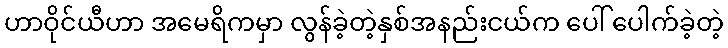
ဟာဝိုင်ယီဟာ အမေရိကမှာ လွန်ခဲ့တဲ့နှစ်အနည်းငယ်က ပေါ် ပေါက်ခဲ့တဲ့